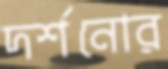
দর্শনোর